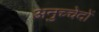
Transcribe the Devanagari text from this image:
अनुच्चेदों